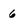
Character: 6